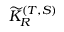
{ \widetilde K } _ { R } ^ { ( T , S ) }